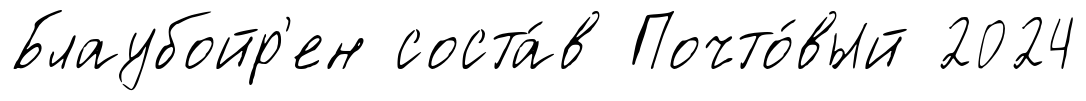
Блаубойр'ен соста́в Почто́вый 2024